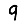
Digit: 9